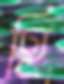
হি